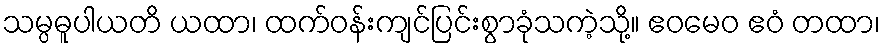
သမ္ပဓူပါယတိ ယထာ၊ ထက်ဝန်းကျင်ပြင်းစွာခုံသကဲ့သို့။ ဧဝမေဝ ဧဝံ တထာ၊